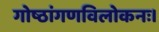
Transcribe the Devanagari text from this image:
गोष्ठांगणविलोकनः।